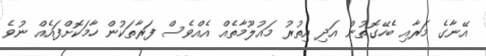
އޭނާގެ މަރާއި ބެހޭގޮތުން އަދި އިތުރު މައުލޫމާތެއް އެއްވެސް ފަރާތަކުން ހާމަކޮށްފައެއް ނުވެ